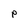
Character: p